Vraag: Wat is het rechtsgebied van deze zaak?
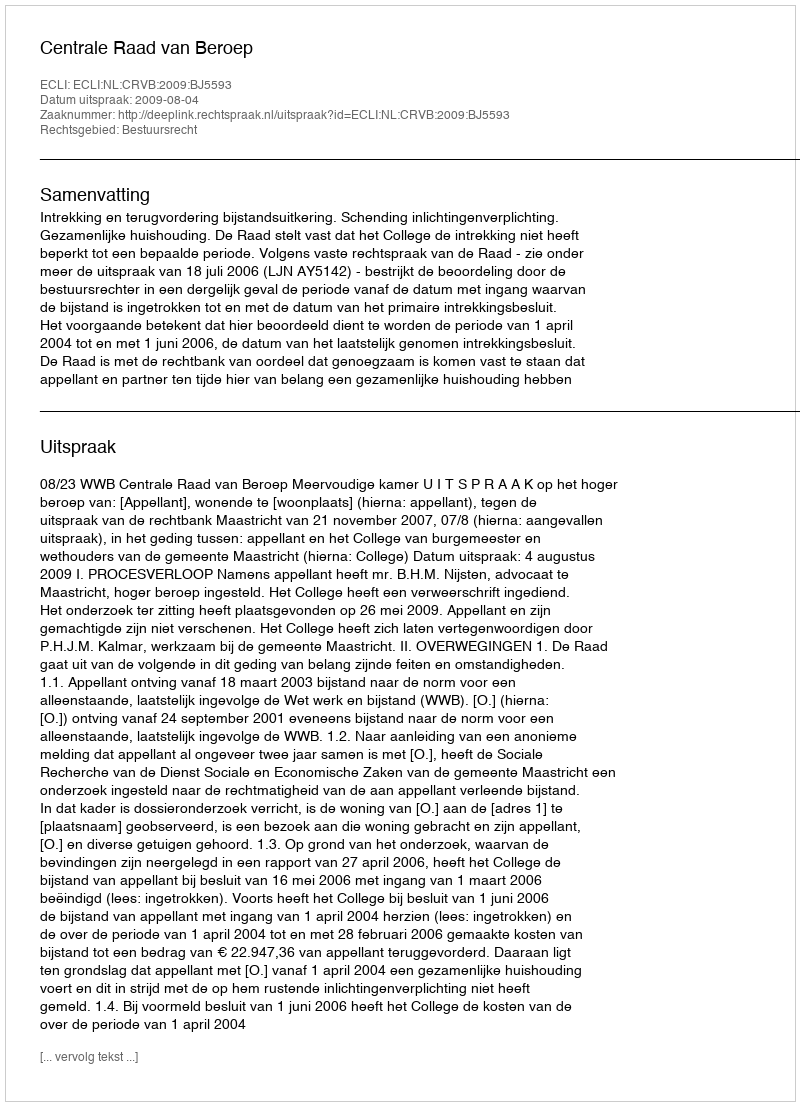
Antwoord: Bestuursrecht